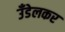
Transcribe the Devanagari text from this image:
उँडेलकर